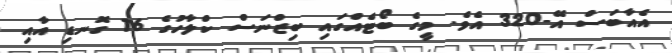
އެއާބަސް އޭ-320 އެވެ. މީގެ ބޯޓެއްގައި ބިޒްނަސް ކްލާހުގެ 16 ގޮނޑި އާއި